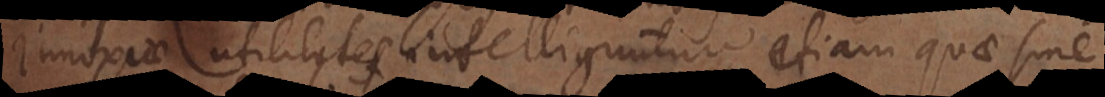
Innoxiae utilitates intelliguntur etiam quae sine